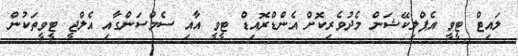
ލައިޓް ޓީވީ އެޕްލިކޭޝަން މެދުވެރިކޮށް އެންޑްރޮއިޑް ޓީވީ އާއި ސެމްސަންގާއި އެލްޖީ ޓީވީތަކުން